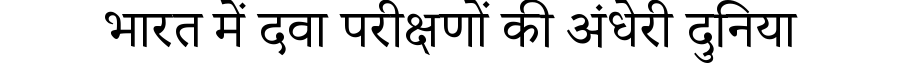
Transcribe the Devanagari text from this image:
भारत में दवा परीक्षणों की अंधेरी दुनिया